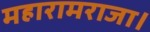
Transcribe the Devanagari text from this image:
महारामराजा।